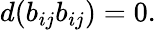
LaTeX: d(b_{ij}b_{ij})=0.